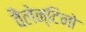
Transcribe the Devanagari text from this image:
वैलेन्टिनो